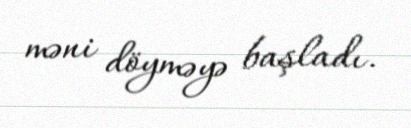
məni döyməyə başladı.